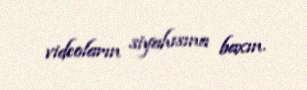
videoların siyahısına baxın.